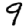
Digit: 9